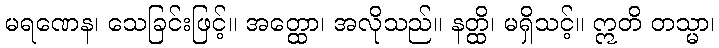
မရဏေန၊ သေခြင်းဖြင့်။ အတ္ထော၊ အလိုသည်။ နတ္ထိ၊ မရှိသင့်။ ဣတိ တသ္မာ၊